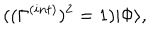
LaTeX: ( ( \Gamma ^ { ( i n t ) } ) ^ { 2 } = 1 ) | \Phi \rangle ,